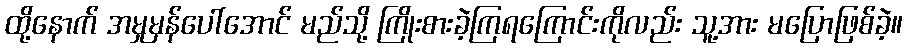
ထို့နောက် အမှုမှန်ပေါ်အောင် မည်သို့ ကြိုးစားခဲ့ကြရကြောင်းကိုလည်း သူ့အား မပြောဖြစ်ခဲ့။